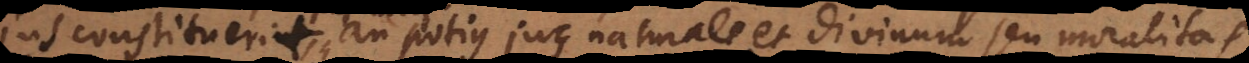
Pufendorf. an potius jus naturale et divinum seu moralitas